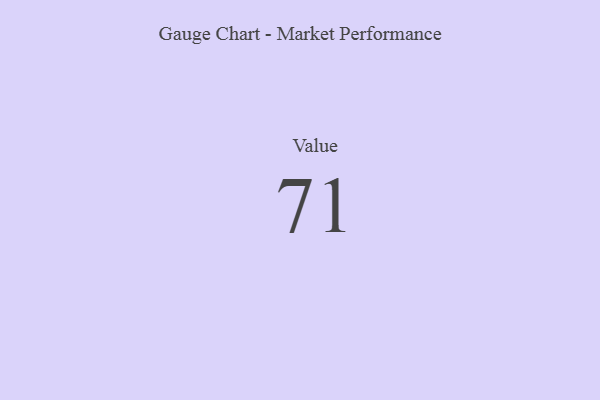
{"axis": {"x": "Metric", "y": "Value"}, "legend": [""], "data": [{"x": "Value", "y": 71, "type": ""}]}